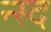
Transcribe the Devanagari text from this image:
न्स्द